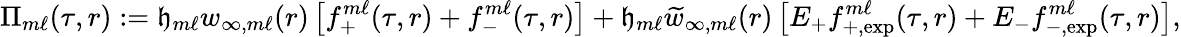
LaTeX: \Pi_{m\ell}(\tau,r):={\mathfrak{h}}_{m\ell}w_{\infty,m\ell}(r)\left[f_{+}^{m\ell}(\tau,r)+f_{-}^{m\ell}(\tau,r)\right]+{\mathfrak{h}}_{m\ell}\widetilde{w}_{\infty,m\ell}(r)\left[E_{+}f_{+,\mathrm{exp}}^{m\ell}(\tau,r)+E_{-}f_{-,\mathrm{exp}}^{m\ell}(\tau,r)\right],